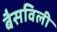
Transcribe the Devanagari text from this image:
बैसविली